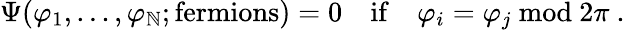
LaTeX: \Psi(\varphi_{1},...,\varphi_{\mathbb{N}};\mathrm{{fermions}})=0\quad\mathrm{{if}}\quad\varphi_{i}=\varphi_{j}\ \mathrm{{mod}}\ 2\pi\ .